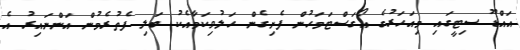
އައްޑޫ ސިޓީގައި މިއަހަރުގެ އޯގަސްޓަމަހުން ފެށިގެން ހަލުވިކަމާއެކު ބަލި ފެތުރެމުން އަންނައިރު އެ